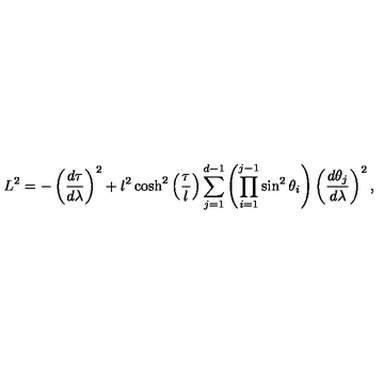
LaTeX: L ^ { 2 } = - \left( \frac { d \tau } { d \lambda } \right) ^ { 2 } + l ^ { 2 } \cosh ^ { 2 } \left( \frac { \tau } { l } \right) \sum _ { j = 1 } ^ { d - 1 } \left( \prod _ { i = 1 } ^ { j - 1 } \sin ^ { 2 } \theta _ { i } \right) \left( \frac { d \theta _ { j } } { d \lambda } \right) ^ { 2 } ,